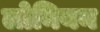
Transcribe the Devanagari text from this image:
लोनियन